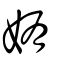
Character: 姷